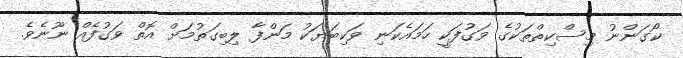
ކޯގަންނު މިސްކިތްތަކުގެ ވަގުފަކީ ހަމައެކަނި ވަކިބަޔަކު މަންފާ ލިބިގަތުމަށް އޮތް ވަގުފެއް ނޫނެވެ.